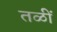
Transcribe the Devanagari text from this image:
तळीं